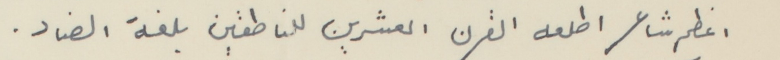
اعظم شاعر اطلعه القرن العشرين للناطقين بلغة الضاد.